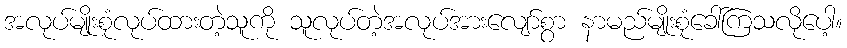
အလုပ်မျိုးစုံလုပ်ထားတဲ့သူကို သူလုပ်တဲ့အလုပ်အားလျော်စွာ နာမည်မျိုးစုံခေါ်ကြသလိုပေါ့။